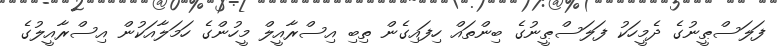
ފަލަސްޠީނުގެ ދެމީހަކު ފަލަސްޠީނުގެ ބިންތައް ހިފައިގެން ތިބި އިސްރާއީލް މީހުންގެ ހަމަލާއަކުން އިސްރާއީލުގެ